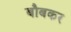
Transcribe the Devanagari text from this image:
बौबकर